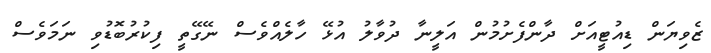
ޒެވިޔަން ޑިއުޓީއަށް ދާންފެށުމުން އަލީނާ ދުވާލު އުޅޭ ހާލެއްވެސް ނޭގޭތީ ފިކުރުބޮޑުވި ނަމަވެސް